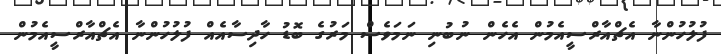
ފުލުހުންނާ އެޗްއާރްސީއެމުން އެހެން ނުބުނި ނަމަވެސް މަރުގެ ބޮޑު ހާދިސާއެއް ފުލުހުންނާ އެޗްއާރްސީއެމުން